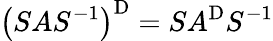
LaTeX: \left(SAS^{-1}\right)^{\mathrm{D}}=SA^{\mathrm{D}}S^{-1}